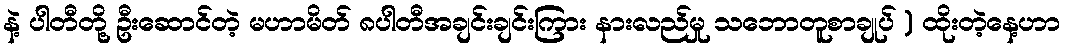
နဲ့ ပါတီတို့ ဦးဆောင်တဲ့ မဟာမိတ် ၈ပါတီအချင်းချင်းကြား နားလည်မှု သဘောတူစာချုပ် ) ထိုးတဲ့နေ့ဟာ